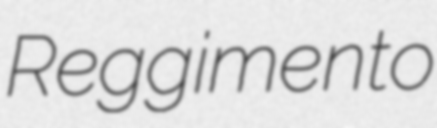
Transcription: Reggimento